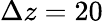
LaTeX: \Delta z=20